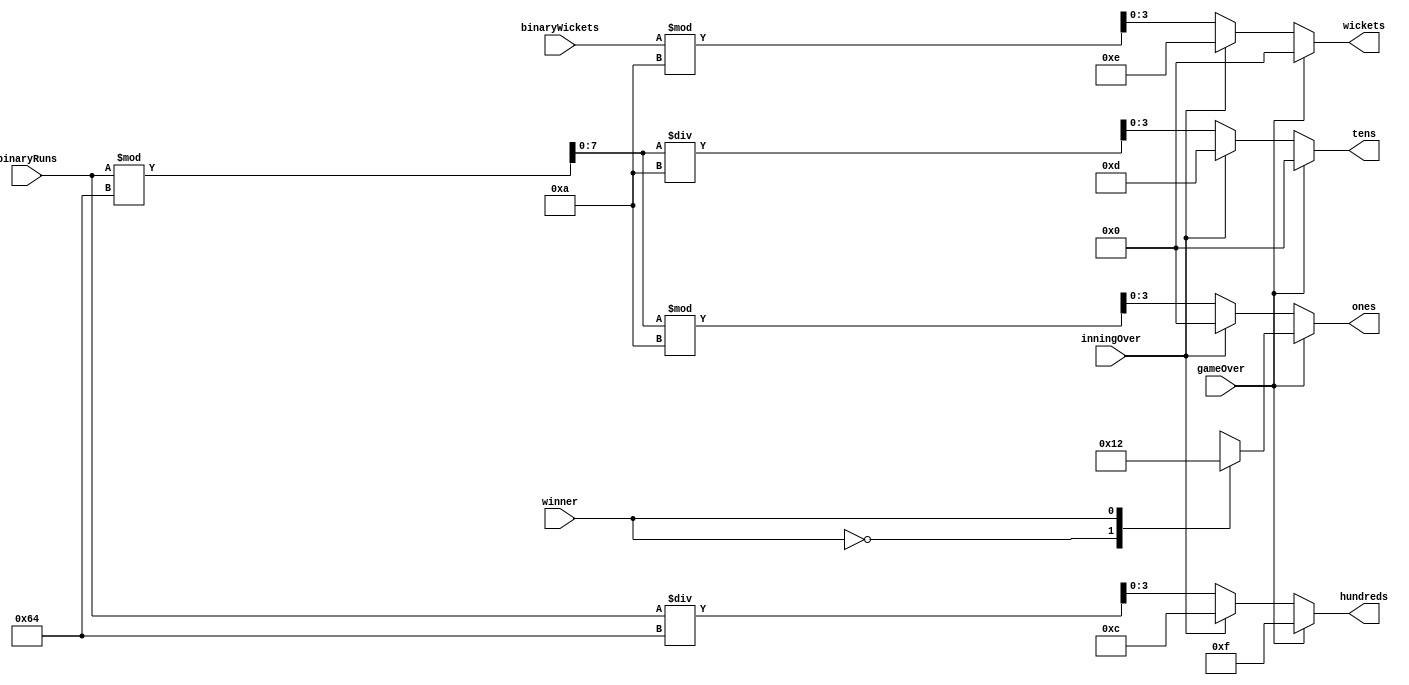
`timescale 1ns / 1ps
//////////////////////////////////////////////////////////////////////////////////
// Company: 
// Engineer: 
// 
// Design Name: 
// Module Name: binary_to_BCD
// Project Name: 
// Target Devices: 
// Tool Versions: 
// Description: 
// 
// Dependencies: 
// 
// Revision:
// Revision 0.01 - File Created
// Additional Comments:
// 
//////////////////////////////////////////////////////////////////////////////////


module binary_to_BCD(
    input [7:0] binaryRuns, 
    input [3:0] binaryWickets,  
    input inningOver,    
    input gameOver,
    input winner,          
    output reg [3:0] wickets, ones, tens, hundreds
    );        
  
    reg [7:0] data;  //temporarily store binaryRuns for calculations     

    always@(binaryRuns,binaryWickets,inningOver, gameOver,winner) begin               
        if(~gameOver)   // still playing
            begin  
            if(inningOver)                
                begin               
                hundreds <= 4'b1100; // ', see bcd7seg module in bcdDisplay
                tens <= 4'b1101; // I
                ones <= 4'b0000; // O
                wickets <= 4'b1110; // '                          
                end                             
            else  
                begin
                data = binaryRuns;          
                hundreds <= data / 100;
                data = data % 100;
                tens <= data / 10;
                ones <= data % 10;                              
                wickets <= (binaryWickets % 10); 
                end  
             end          
        else   //game is over : lock the winner on the screen till the reset button is hit
            begin
            case (winner) //t010 or t020. f is swapped for t in bcd7seg
            0:  begin   //t010                       
                hundreds <= 4'b1111;
                tens <= 4'b0000;
                ones <= 4'b0001;
                wickets <= 4'b0000;
                end                                    
            1:  begin   //t020               
                hundreds <= 4'b1111;
                tens <= 4'b0000;
                ones <= 4'b0010;
                wickets <= 4'b0000;
                end                                               
            endcase
            end
    end
    
endmodule